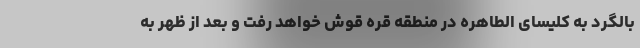
بالگرد به کلیسای الطاهره در منطقه قره قوش خواهد رفت و بعد از ظهر به